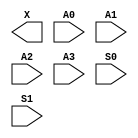
module sky130_fd_sc_lp__udp_mux_4to2 (
    X ,
    A0,
    A1,
    A2,
    A3,
    S0,
    S1
);

    output X ;
    input  A0;
    input  A1;
    input  A2;
    input  A3;
    input  S0;
    input  S1;
endmodule